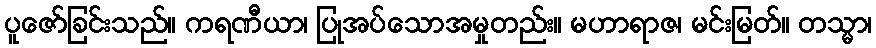
ပူဇော်ခြင်းသည်။ ကရဏီယာ၊ ပြုအပ်သောအမှုတည်း။ မဟာရာဇ၊ မင်းမြတ်။ တသ္မာ၊